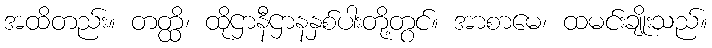
အထိတည်း။ တတ္ထိ၊ ထိုဌာနီဌာနနှစ်ပါးတို့တွင်။ အာစာမေ၊ ထမင်းချိုးသည်။